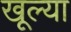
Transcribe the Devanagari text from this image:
खूल्या